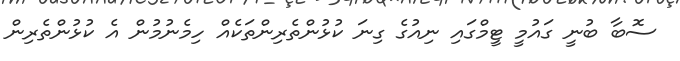
ސޮބާ ބުނީ ގައުމީ ޓީމްގައި ނިއުގެ ގިނަ ކުޅުންތެރިންތަކެއް ހިމެނުމުން އެ ކުޅުންތެރިން